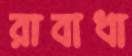
রাবাধা